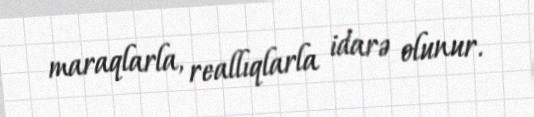
maraqlarla, reallıqlarla idarə olunur.